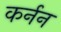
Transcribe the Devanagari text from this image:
कर्नन